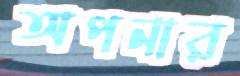
অপনার